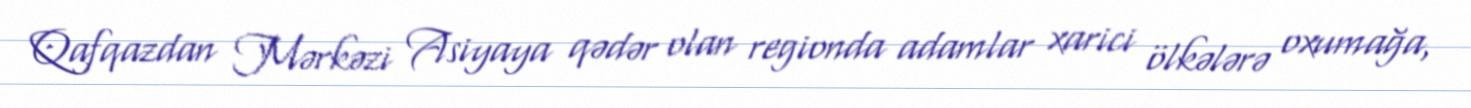
Qafqazdan Mərkəzi Asiyaya qədər olan regionda adamlar xarici ölkələrə oxumağa,